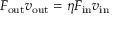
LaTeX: F _ { \mathrm { o u t } } v _ { \mathrm { o u t } } = \eta F _ { \mathrm { i n } } v _ { \mathrm { i n } }